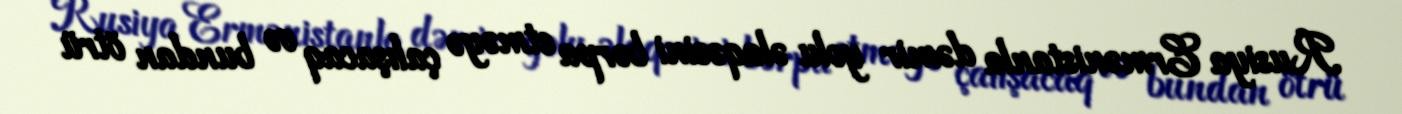
Rusiya Ermənistanla dəmir yolu əlaqəsini bərpa etməyə çalışacaq və bundan ötrü